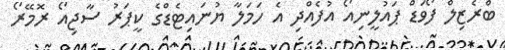
ބްރެޒިލް ފޯވަޑް ޕައުލީނިއޯ އުފެއްދި އެ ހަމަލާ ޔުނައިޓެޑްގެ ކީޕަރު ސާޖިއޯ ރޮމޭރޯ